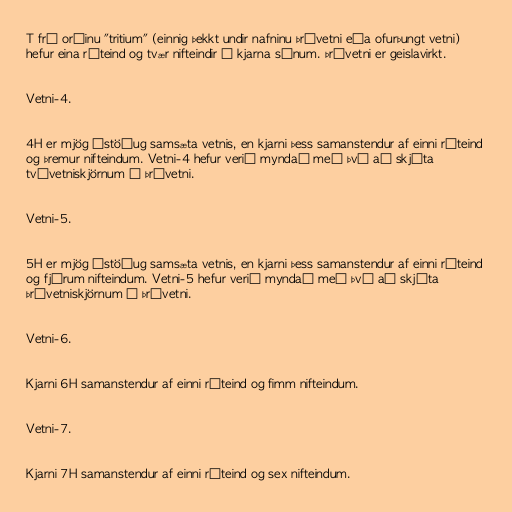
T frá orðinu "tritium" (einnig þekkt undir nafninu þrívetni eða ofurþungt vetni)
hefur eina róteind og tvær nifteindir í kjarna sínum. Þrívetni er geislavirkt.

Vetni-4.

4H er mjög óstöðug samsæta vetnis, en kjarni þess samanstendur af einni róteind
og þremur nifteindum. Vetni-4 hefur verið myndað með því að skjóta
tvívetniskjörnum í þrívetni.

Vetni-5.

5H er mjög óstöðug samsæta vetnis, en kjarni þess samanstendur af einni róteind
og fjórum nifteindum. Vetni-5 hefur verið myndað með því að skjóta
þrívetniskjörnum í þrívetni.

Vetni-6.

Kjarni 6H samanstendur af einni róteind og fimm nifteindum.

Vetni-7.

Kjarni 7H samanstendur af einni róteind og sex nifteindum.